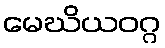
မေဃိယဝဂ္ဂ